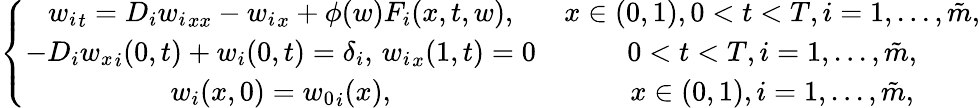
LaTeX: \left\{ \begin{array}{cc}{{w_{i}}_{t}=D_{i}{w_{i}}_{xx}-{w_{i}}_{x}+\phi(w)F_{i}(x,t,w),}&{x\in(0,1),0<t<T,i=1,...,\tilde{m},}\\ {-D_{i}{w_{x}}_{i}(0,t)+w_{i}(0,t)=\delta_{i},\, {w_{i}}_{x}(1,t)=0}&{0<t<T,i=1,...,\tilde{m},}\\ {w_{i}(x,0)={w_{0}}_{i}(x),}&{x\in(0,1),i=1,...,\tilde{m},}\end{array}\right.